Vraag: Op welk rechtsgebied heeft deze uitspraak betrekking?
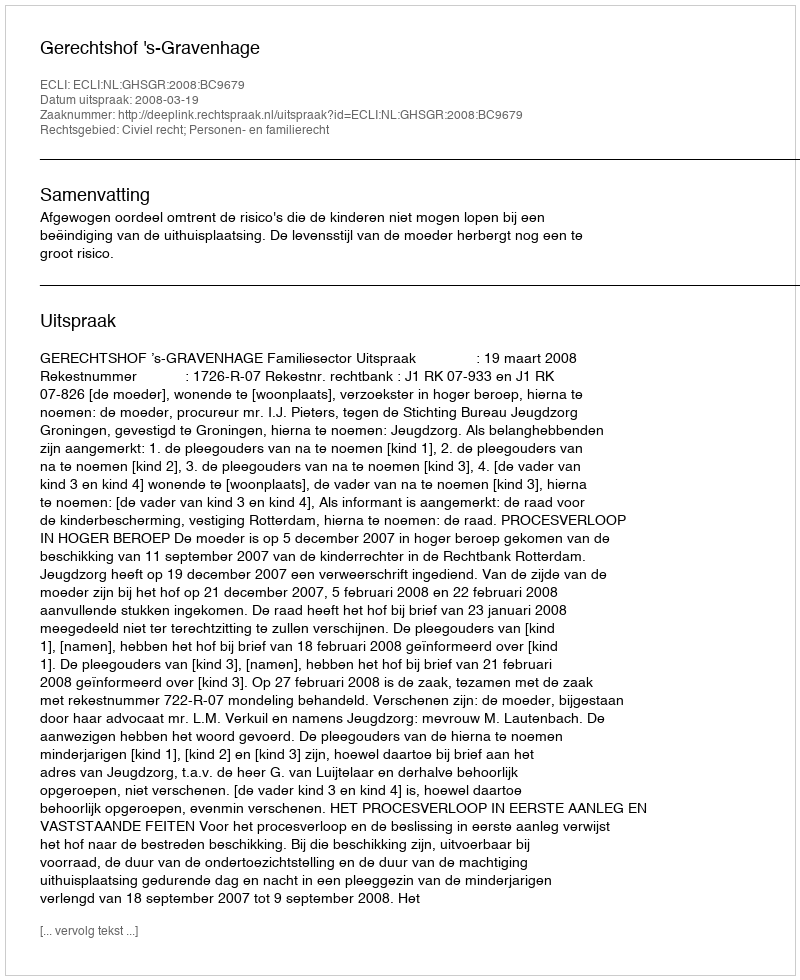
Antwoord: Civiel recht; Personen- en familierecht